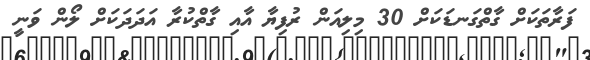
ފަރާތަކަށް ގާތްގަނޑަކަށް 30 މިލިއަން ރުފިޔާ އާއި ގާތްކުރާ އަދަދަކަށް ލޯން ވަނީ